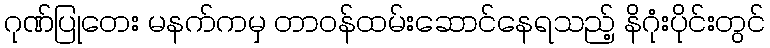
ဂုဏ်ပြုတေး မနက်ကမှ တာဝန်ထမ်းဆောင်နေရသည့် နိဂုံးပိုင်းတွင်